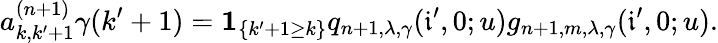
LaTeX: a_{k,k^{\prime}+1}^{(n+1)}\gamma(k^{\prime}+1)=\mathbf{1}_{\{ k^{\prime}+1\geq k\} }q_{n+1,\lambda,\gamma}(\mathfrak{i}^{\prime},0;u)g_{n+1,m,\lambda,\gamma}(\mathfrak{i}^{\prime},0;u).